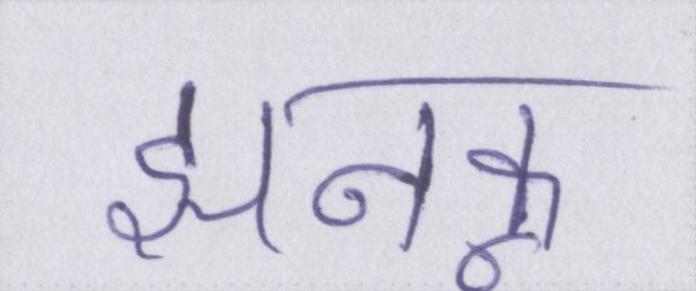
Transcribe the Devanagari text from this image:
झनकू